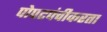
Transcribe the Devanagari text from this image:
पोपटपंचीकरता